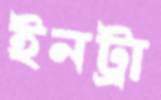
ইনট্রা